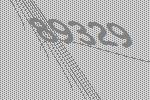
89329